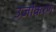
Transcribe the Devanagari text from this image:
उर्जाकरण